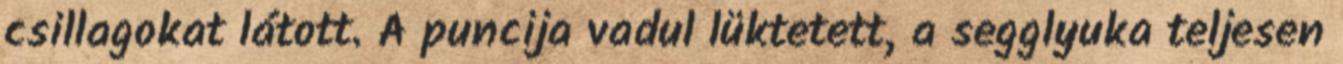
csillagokat látott. A puncija vadul lüktetett, a segglyuka teljesen